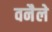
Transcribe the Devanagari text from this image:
वनैले